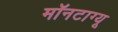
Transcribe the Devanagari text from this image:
मॉनटाग्यू